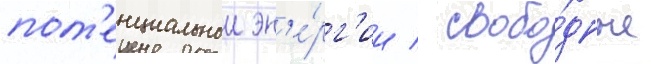
пот'енциальнои эн'е́рг'ии / свобо́дные